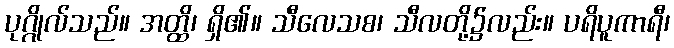
ပုဂ္ဂိုလ်သည်။ အတ္ထိ၊ ရှိ၏။ သီလေသစ၊ သီလတို့၌လည်း။ ပရိပူကာရီ၊